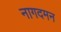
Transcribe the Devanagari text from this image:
नागदमन